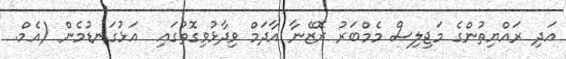
އަދި ރައްޔިތުންގެ މަޖިލިސް މެމްބަރު ރޮޒޭނާ އާދަމް ވިދާޅުވިގޮތުގައި  އަޅުގަނޑުމެން (އެމް.